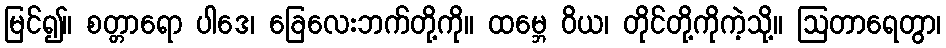
မြင်၍။ စတ္တာရော ပါဒေ၊ ခြေလေးဘက်တို့ကို။ ထမ္ဘေ ဝိယ၊ တိုင်တို့ကိုကဲ့သို့။ ဩတာရေတွာ၊